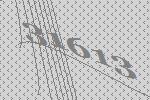
31613